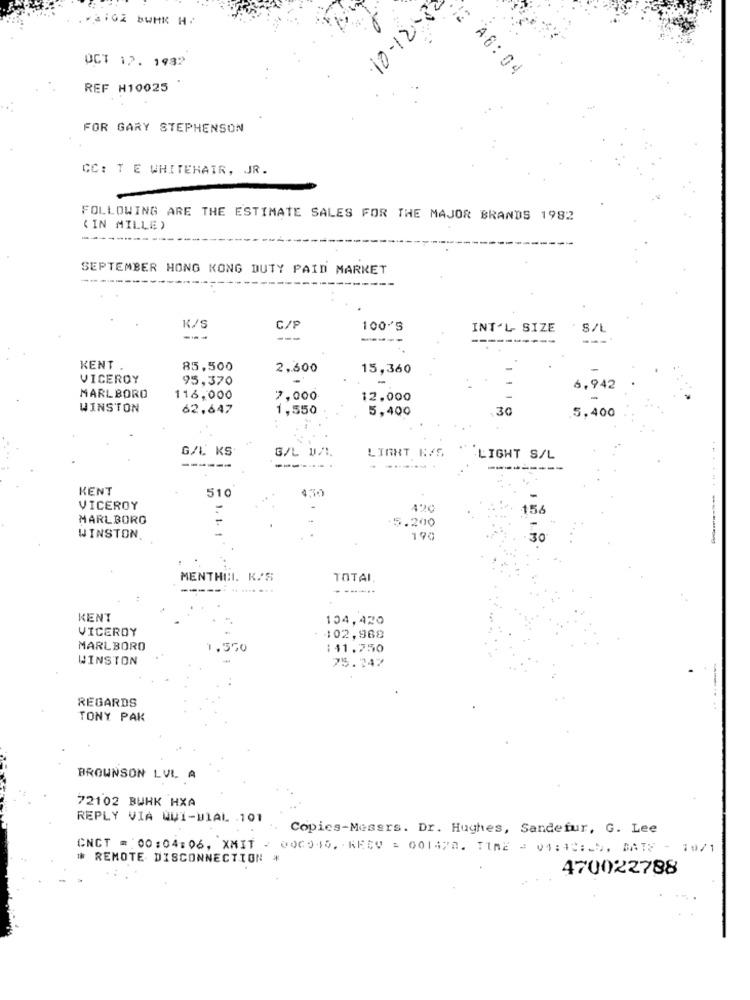
10-12 -22
OCT 12. 1932
A.6 : 0 4
REF H10025
FOR GARY STEPHENSON
CC: T E WHITEHAIR, JR.
FOLLOWING ARE THE ESTIMATE SALES FOR THE MAJOR BRANDS 1982
( IN MILLE)
----
SEPTEMBER HONG KONG DUTY PAID MARKET
K/S
C/F
100%5
INT'L- SIZE
S/L
---
---
----
KENT .
85,500
2,600
15,360
VICEROY
95,370
-
6,942
MARLBORO
116,000
7,000
12.000
WINSTON
62,647
1,550
5,400
30
5,400
G/L KS
G/L W/I.
LIGHT R/S
LIGHT S/L
KENT
510
4,30
VICEROY
156
MARLBORO
.5.200
WINSTON.
190
MENTHOL. K/S
TOTAL
KENT
104,420
VICEROY
- 402,968
MARLBORO
1,550
141.750
WINSTON
75.247
REGARDS
TONY PAK
BROWNSON LVL A
72102 BURK HXA
REPLY VIA QUI-WIAL .101
Copies-Messrs. Dr. Hughes, Sandefur, G. Lee
CNCT = 00:04:06, XMIT - 000945, KECV : 001478. TIME = 04:13:15, BATE - 1971
* REMOTE DISCONNECTION *
470022788